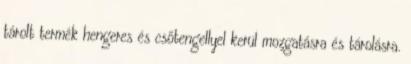
tárolt termék hengeres és csőtengellyel kerül mozgatásra és tárolásra.